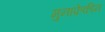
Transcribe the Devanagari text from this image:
मुनाफ़ेकीन